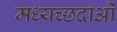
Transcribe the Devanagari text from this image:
मध्यच्छदाओं